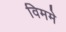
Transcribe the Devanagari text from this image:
विममे